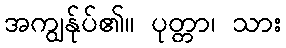
အကျွန်ုပ်၏။ ပုတ္တာ၊ သား